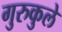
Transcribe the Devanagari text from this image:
गुरुकुले